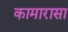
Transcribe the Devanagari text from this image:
कामारासा